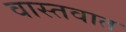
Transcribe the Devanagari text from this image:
वास्‍तवात